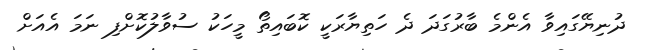
ދުނިޔޭގައިވާ އެންމެ ބާރުގަދަ ދެ ހަތިޔާރަކީ ކޮބައިތޯ މީހަކު ސުވާލުކޮށްފި ނަމަ އެއަށް